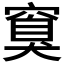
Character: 𬔏